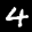
Label: 4